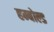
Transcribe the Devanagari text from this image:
हम्बोल्ड